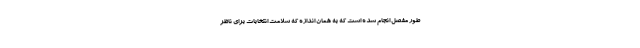
طور مفصل انجام شده است که به همان اندازه که سلامت انتخابات برای ناظر